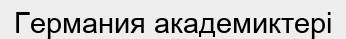
Германия академиктері